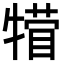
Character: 𪺴